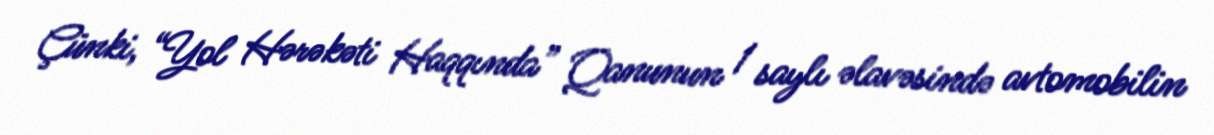
Çünki, “Yol Hərəkəti Haqqında” Qanunun 1 saylı əlavəsində avtomobilin